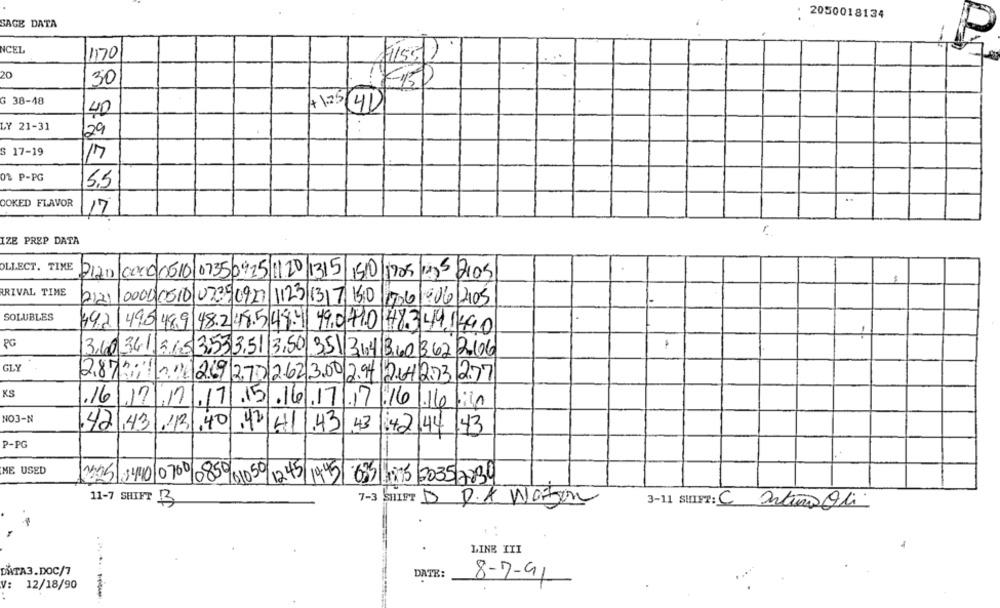
. 2050018134
SAGE DATA
NCEL
1170
20
30
G 38-48
+ 1.25
40
LY 21-31
29
S 17-19
01 P-PG
5.5
OOKED FLAVOR
17
IZE PREP DATA
OLLECT. TIME
2120 0000 0610 07350915 1120 1315 1510/1905 1495 2105
ARIVAL TIME
2121/0000 0510 0225/0927 1123 13 7 15:0 006
906/205
.
SOLUBLES
492
495 489 48.2 48.5 49.4 49.0410 483 441490
PC
.
310341
6.5 3.533.51/3.50.351/31:4/360 362/20106
GLY
2.872.
3 2.69 270 2.62 3.00 2.94 264273 277
KS
.16
1.17
7.7 .15.16.17.17 16.16/in
NO3-N
43
.42
43/13/40/42/41
.43
43
42.44
P-PG
ME USED
201050
1245
225 5440 0700/0850
1945/635 :75 2035 7834
11-7 SHIFT B
7-3 SHIFT D
D.A Watson
3-11 SHIFT: C Ortuño Oli
LINE III
DATA3.DOC/7
DATE:
8-7-91
V:
12/18/90